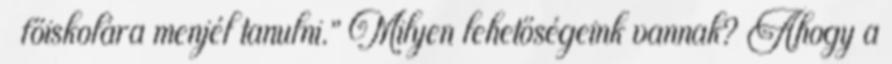
főiskolára menjél tanulni.” Milyen lehetőségeink vannak? Ahogy a